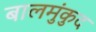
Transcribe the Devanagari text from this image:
बालमुंकुद